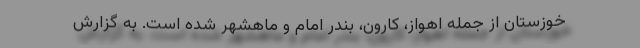
خوزستان از جمله اهواز، کارون، بندر امام و ماهشهر شده است. به گزارش